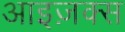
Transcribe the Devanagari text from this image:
आइज़क्स